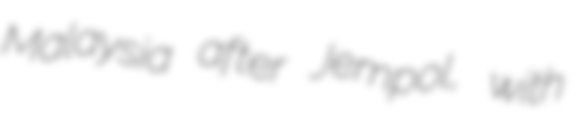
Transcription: Malaysia after Jempol, with